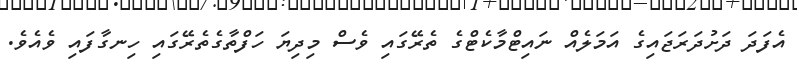
އެފަދަ ދަށުދަރަޖައިގެ އަމަލެއް ނައިޓްމާކެޓްގެ ތެރޭގައި ވެސް މިދިޔަ ހަފްތާގެތެރޭގައި ހިނގާފައި ވެއެވެ.